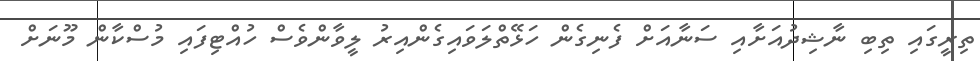
ތިރީގައި ތިބި ނާޝިދުއަށާއި ސަނާއަށް ފެނިގެން ހަޅޭތްލަވައިގެންއިރު ލީވާންވެސް ހުއްޓިފައި މުސްކާން މޫނަށް